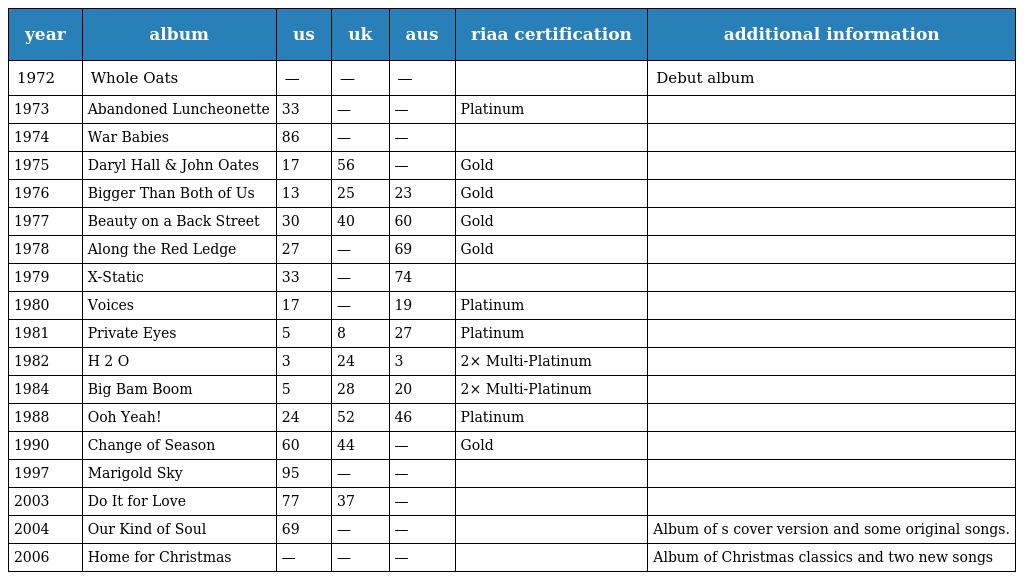
| year | album | us | uk | aus | riaa certification | additional information |
 | --- | --- | --- | --- | --- | --- | --- |
 | 1972 | Whole Oats | — | — | — |  | Debut album |
 | 1973 | Abandoned Luncheonette | 33 | — | — | Platinum |  |
 | 1974 | War Babies | 86 | — | — |  |  |
 | 1975 | Daryl Hall & John Oates | 17 | 56 | — | Gold |  |
 | 1976 | Bigger Than Both of Us | 13 | 25 | 23 | Gold |  |
 | 1977 | Beauty on a Back Street | 30 | 40 | 60 | Gold |  |
 | 1978 | Along the Red Ledge | 27 | — | 69 | Gold |  |
 | 1979 | X-Static | 33 | — | 74 |  |  |
 | 1980 | Voices | 17 | — | 19 | Platinum |  |
 | 1981 | Private Eyes | 5 | 8 | 27 | Platinum |  |
 | 1982 | H 2 O | 3 | 24 | 3 | 2× Multi-Platinum |  |
 | 1984 | Big Bam Boom | 5 | 28 | 20 | 2× Multi-Platinum |  |
 | 1988 | Ooh Yeah! | 24 | 52 | 46 | Platinum |  |
 | 1990 | Change of Season | 60 | 44 | — | Gold |  |
 | 1997 | Marigold Sky | 95 | — | — |  |  |
 | 2003 | Do It for Love | 77 | 37 | — |  |  |
 | 2004 | Our Kind of Soul | 69 | — | — |  | Album of s cover version and some original songs. |
 | 2006 | Home for Christmas | — | — | — |  | Album of Christmas classics and two new songs |